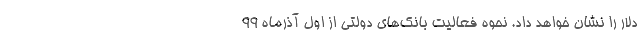
دلار را نشان خواهد داد. نحوه فعالیت بانک‌های دولتی از اول آذرماه 99